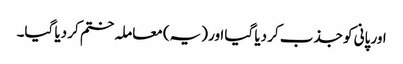
اور پانی کو جذب کر دیا گیا اور (یہ) معاملہ ختم کر دیا گیا۔